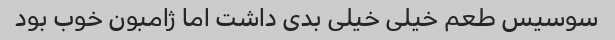
سوسیس طعم خیلی خیلی بدی داشت اما ژامبون خوب بود